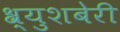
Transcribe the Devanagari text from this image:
श्र्युशबेरी